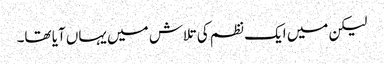
لیکن میں ایک نظم کی تلاش میں یہاں آیا تھا۔